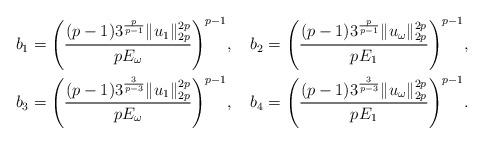
LaTeX: \begin{align*}&b_{1}=\Bigg(\frac{(p-1)3^{\frac{p}{p-1}}\|u_{1}\|_{2p}^{2p}}{pE_{\omega}}\Bigg)^{p-1},\ \ \ b_{2}=\Bigg(\frac{(p-1)3^{\frac{p}{p-1}}\|u_{\omega}\|_{2p}^{2p}}{pE_{1}}\Bigg)^{p-1},\\&b_{3}=\Bigg(\frac{(p-1)3^{\frac{3}{p-3}}\|u_{1}\|_{2p}^{2p}}{pE_{\omega}}\Bigg)^{p-1},\ \ \ b_{4}=\Bigg(\frac{(p-1)3^{\frac{3}{p-3}}\|u_{\omega}\|_{2p}^{2p}}{pE_{1}}\Bigg)^{p-1}.\end{align*}